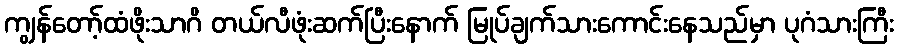
ကျွန်တော့်ထံဖိုးသာဂိ တယ်လီဖုံးဆက်ပြီးနောက် မြုပ်ချက်သားကောင်းနေသည်မှာ ပုဂံသားကြီး